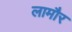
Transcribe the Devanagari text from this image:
लामौर